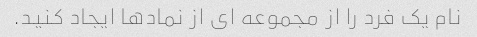
نام یک فرد را از مجموعه ای از نمادها ایجاد کنید.